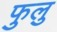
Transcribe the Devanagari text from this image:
फुलु